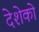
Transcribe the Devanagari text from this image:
देशेको